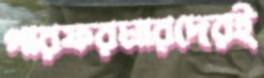
পারফরমারদেরই